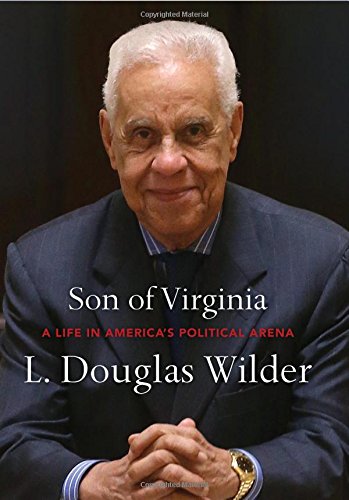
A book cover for Son of Virginia: A Life in America's Political Arena; L. Douglas Wilder; Biographies & Memoirs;